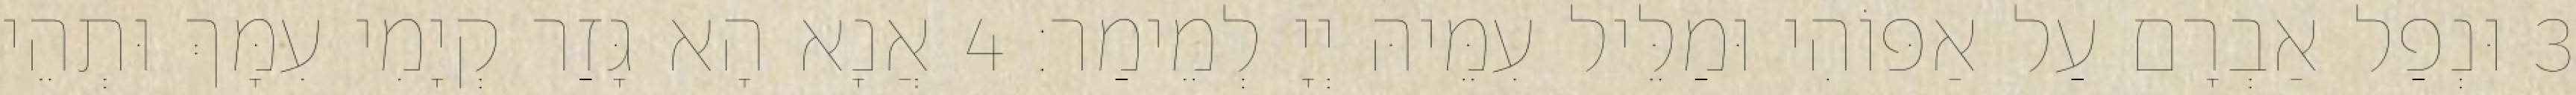
3 וּנְפַל אַבְרָם עַל אַפּוֹהִי וּמַלֵּיל עִמֵּיהּ יְיָ לְמֵימַר׃ 4 אֲנָא הָא גָּזַר קְיָמִי עִמָּךְ וּתְהֵי